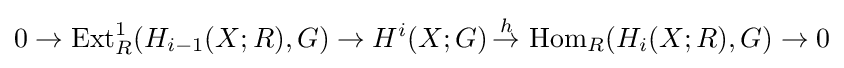
0\to \operatorname {Ext} _{R}^{1}(H_{i-1}(X;R),G)\to H^{i}(X;G)\,{\overset {h}{\to }}\,\operatorname {Hom} _{R}(H_{i}(X;R),G)\to 0